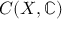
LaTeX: C ( X , \mathbb { C } )